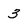
Character: 3